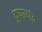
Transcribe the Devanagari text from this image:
कुणब्यांत